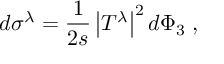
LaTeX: d \sigma ^ { \lambda } = \frac { 1 } { 2 s } \left| T ^ { \lambda } \right| ^ { 2 } d \Phi _ { 3 } \; ,